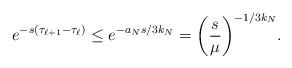
LaTeX: \begin{align*}e^{-s(\tau_{\ell+1} - \tau_{\ell})} \leq e^{-a_N s/3k_N} = \bigg( \frac{s}{\mu} \bigg)^{-1/3k_N}.\end{align*}